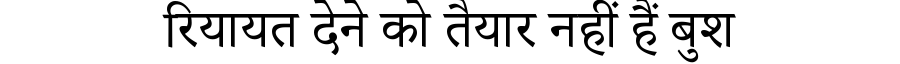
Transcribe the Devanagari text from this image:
रियायत देने को तैयार नहीं हैं बुश